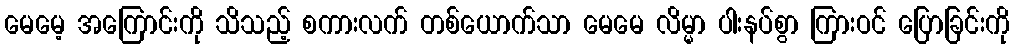
မေမေ့ အကြောင်းကို သိသည့် စကားလက် တစ်ယောက်သာ မေမေ လိမ္မာ ပါးနပ်စွာ ကြားဝင် ပြောခြင်းကို